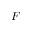
F